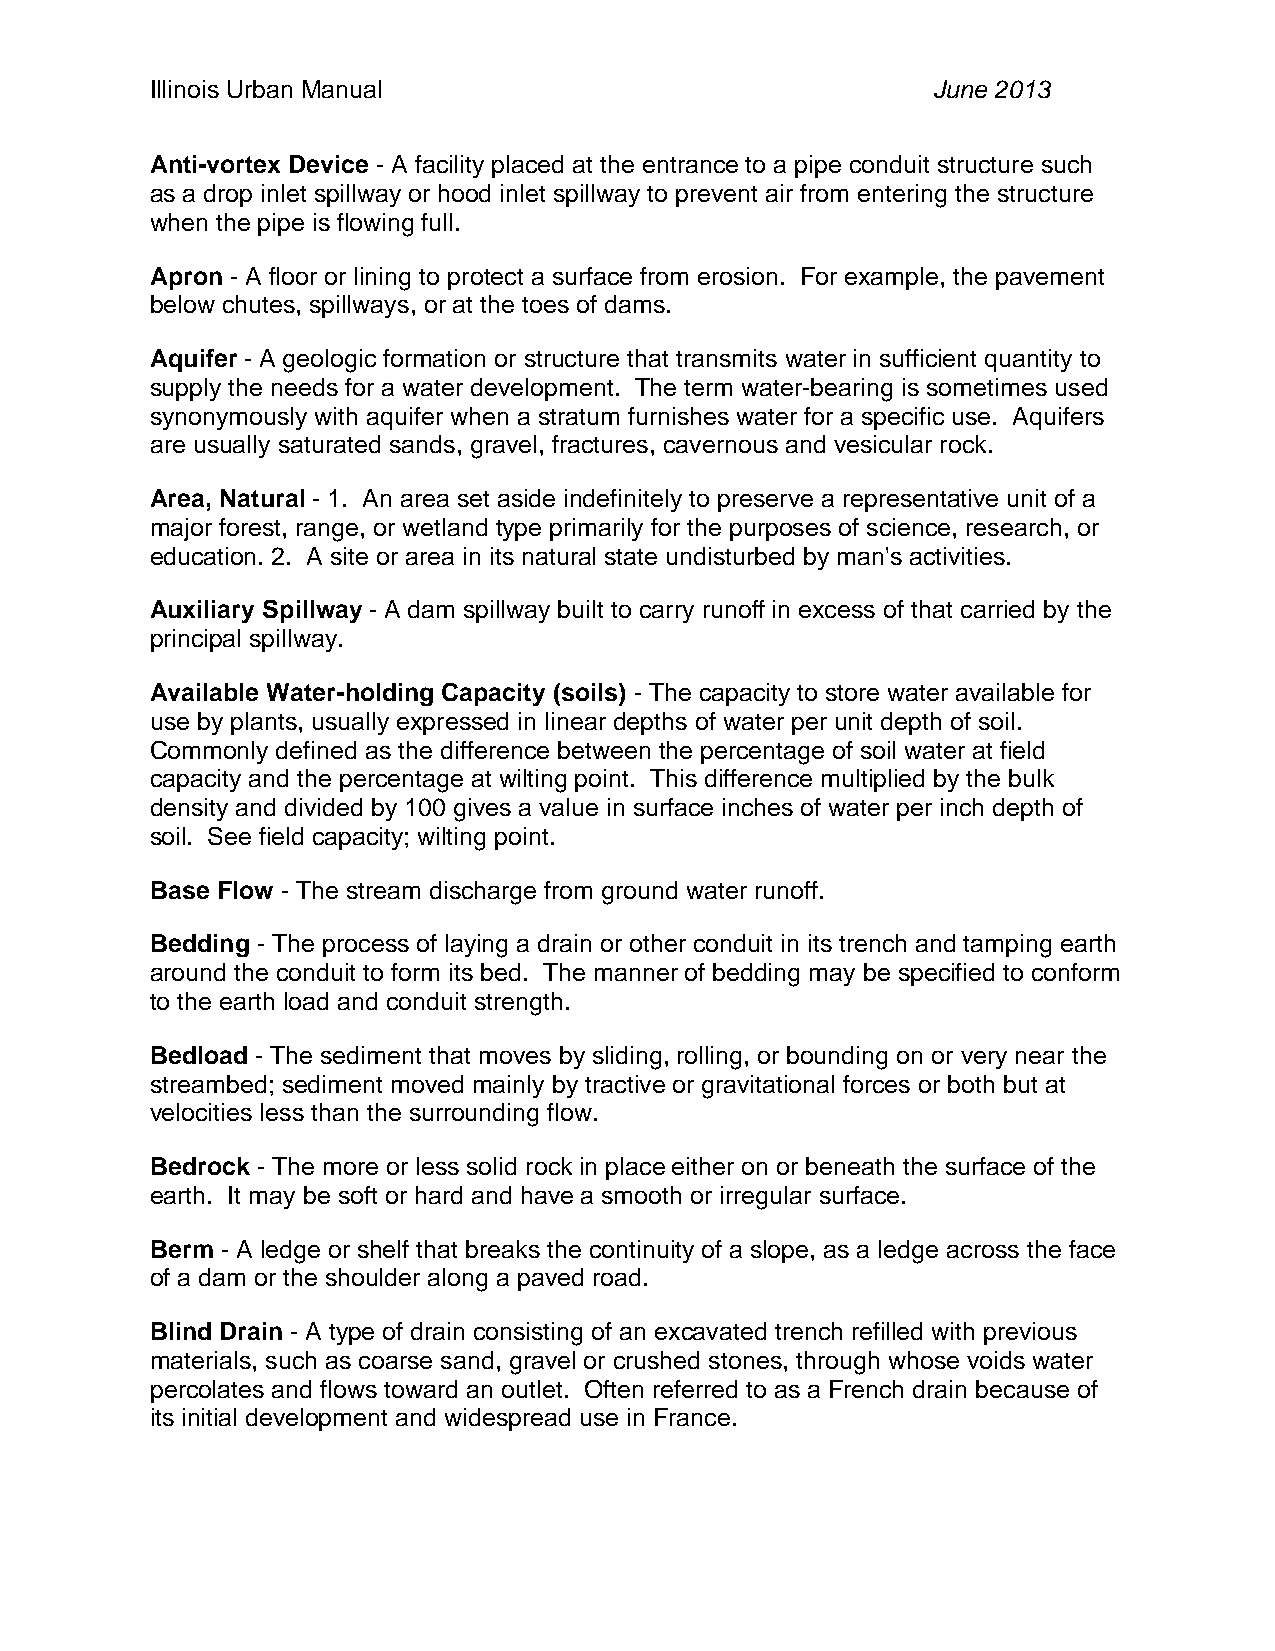
Illinois Urban Manual                               June 2013
 Anti-vortex Device - A facility placed at the entrance to a pipe conduit structure such
 as a drop inlet spillway or hood inlet spillway to prevent air from entering the structure
 when the pipe is flowing full.
 Apron - A floor or lining to protect a surface from erosion. For example, the pavement
 below chutes, spillways, or at the toes of dams.
 Aquifer - A geologic formation or structure that transmits water in sufficient quantity to
 supply the needs for a water development. The term water-bearing is sometimes used
 synonymously with aquifer when a stratum furnishes water for a specific use. Aquifers
 are usually saturated sands, gravel, fractures, cavernous and vesicular rock.
 Area, Natural - 1. An area set aside indefinitely to preserve a representative unit of a
 major forest, range, or wetland type primarily for the purposes of science, research, or
 education. 2. A site or area in its natural state undisturbed by man's activities.
 Auxiliary Spillway - A dam spillway built to carry runoff in excess of that carried by the
 principal spillway.
 Available Water-holding Capacity (soils) - The capacity to store water available for
 use by plants, usually expressed in linear depths of water per unit depth of soil.
 Commonly defined as the difference between the percentage of soil water at field
 capacity and the percentage at wilting point. This difference multiplied by the bulk
 density and divided by 100 gives a value in surface inches of water per inch depth of
 soil. See field capacity; wilting point.
 Base Flow - The stream discharge from ground water runoff.
 Bedding - The process of laying a drain or other conduit in its trench and tamping earth
 around the conduit to form its bed. The manner of bedding may be specified to conform
 to the earth load and conduit strength.
 Bedload - The sediment that moves by sliding, rolling, or bounding on or very near the
 streambed; sediment moved mainly by tractive or gravitational forces or both but at
 velocities less than the surrounding flow.
 Bedrock - The more or less solid rock in place either on or beneath the surface of the
 earth. It may be soft or hard and have a smooth or irregular surface.
 Berm - A ledge or shelf that breaks the continuity of a slope, as a ledge across the face
 of a dam or the shoulder along a paved road.
 Blind Drain - A type of drain consisting of an excavated trench refilled with previous
 materials, such as coarse sand, gravel or crushed stones, through whose voids water
 percolates and flows toward an outlet. Often referred to as a French drain because of
 its initial development and widespread use in France.